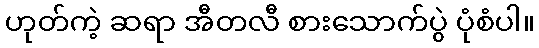
ဟုတ်ကဲ့ ဆရာ အီတလီ စားသောက်ပွဲ ပုံစံပါ။